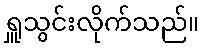
ရှူသွင်းလိုက်သည်။